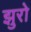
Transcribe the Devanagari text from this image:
झुरो